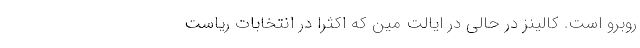
روبرو است. کالینز در حالی در ایالت مین که اکثراً در انتخابات ریاست